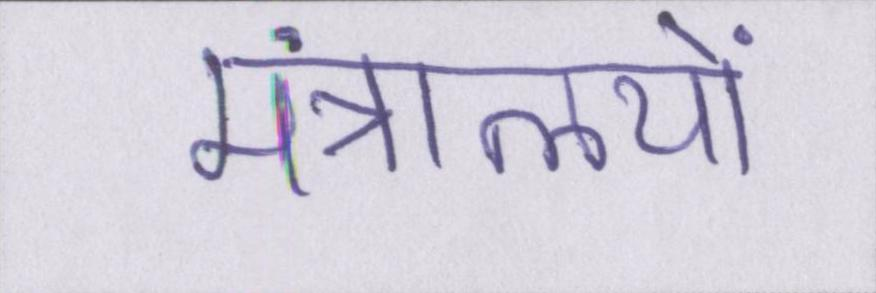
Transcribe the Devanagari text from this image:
मंत्रालयों